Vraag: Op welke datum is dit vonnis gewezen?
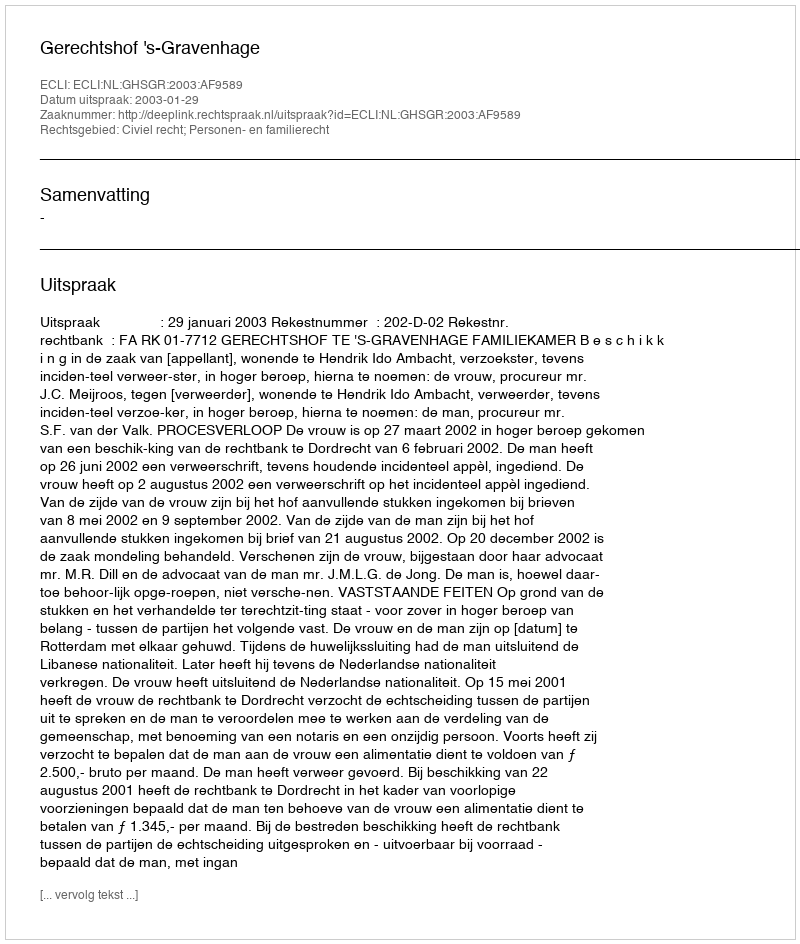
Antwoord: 2003-01-29